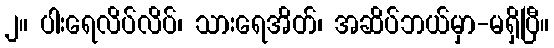
၂။ ပါးရေလိပ်လိပ်၊ သားရေအိတ်၊ အဆိပ်ဘယ်မှာ-မရှိပြီ။